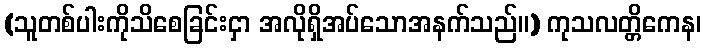
(သူတစ်ပါးကိုသိစေခြင်းငှာ အလိုရှိအပ်သောအနက်သည်။) ကုသလတ္တိကေန၊